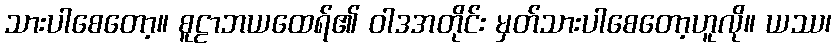
သားပါစေတော့။ စူဠာဘယထေရ်၏ ဝါဒအတိုင်း မှတ်သားပါစေတော့ဟူလို။ ယဿ၊